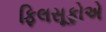
ફિલસૂફોએ